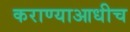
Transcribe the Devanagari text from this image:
कराण्याआधीच